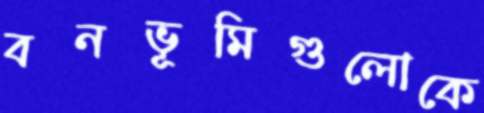
বনভূমিগুলোকে